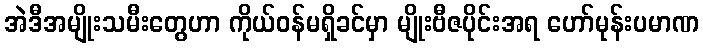
အဲဒီအမျိုးသမီးတွေဟာ ကိုယ်ဝန်မရှိခင်မှာ မျိုးဗီဇပိုင်းအရ ဟော်မုန်းပမာဏ